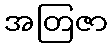
အတြဇာ